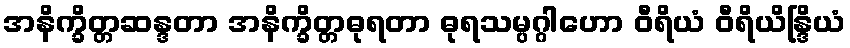
အနိက္ခိတ္တဆန္ဒတာ အနိက္ခိတ္တဓုရတာ ဓုရသမ္ပဂ္ဂါဟော ဝီရိယံ ဝီရိယိန္ဒြိယံ